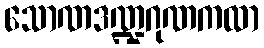
သောဏဒဏ္ဍဂုဏကထာ